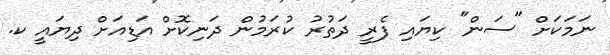
ނަމަކަށް "ސަން" ކިޔައި ފެރީ ދަތުރު ކުރަމުން ދަނިކޮށް އަޑިއަށް ދިޔައީ ކ.